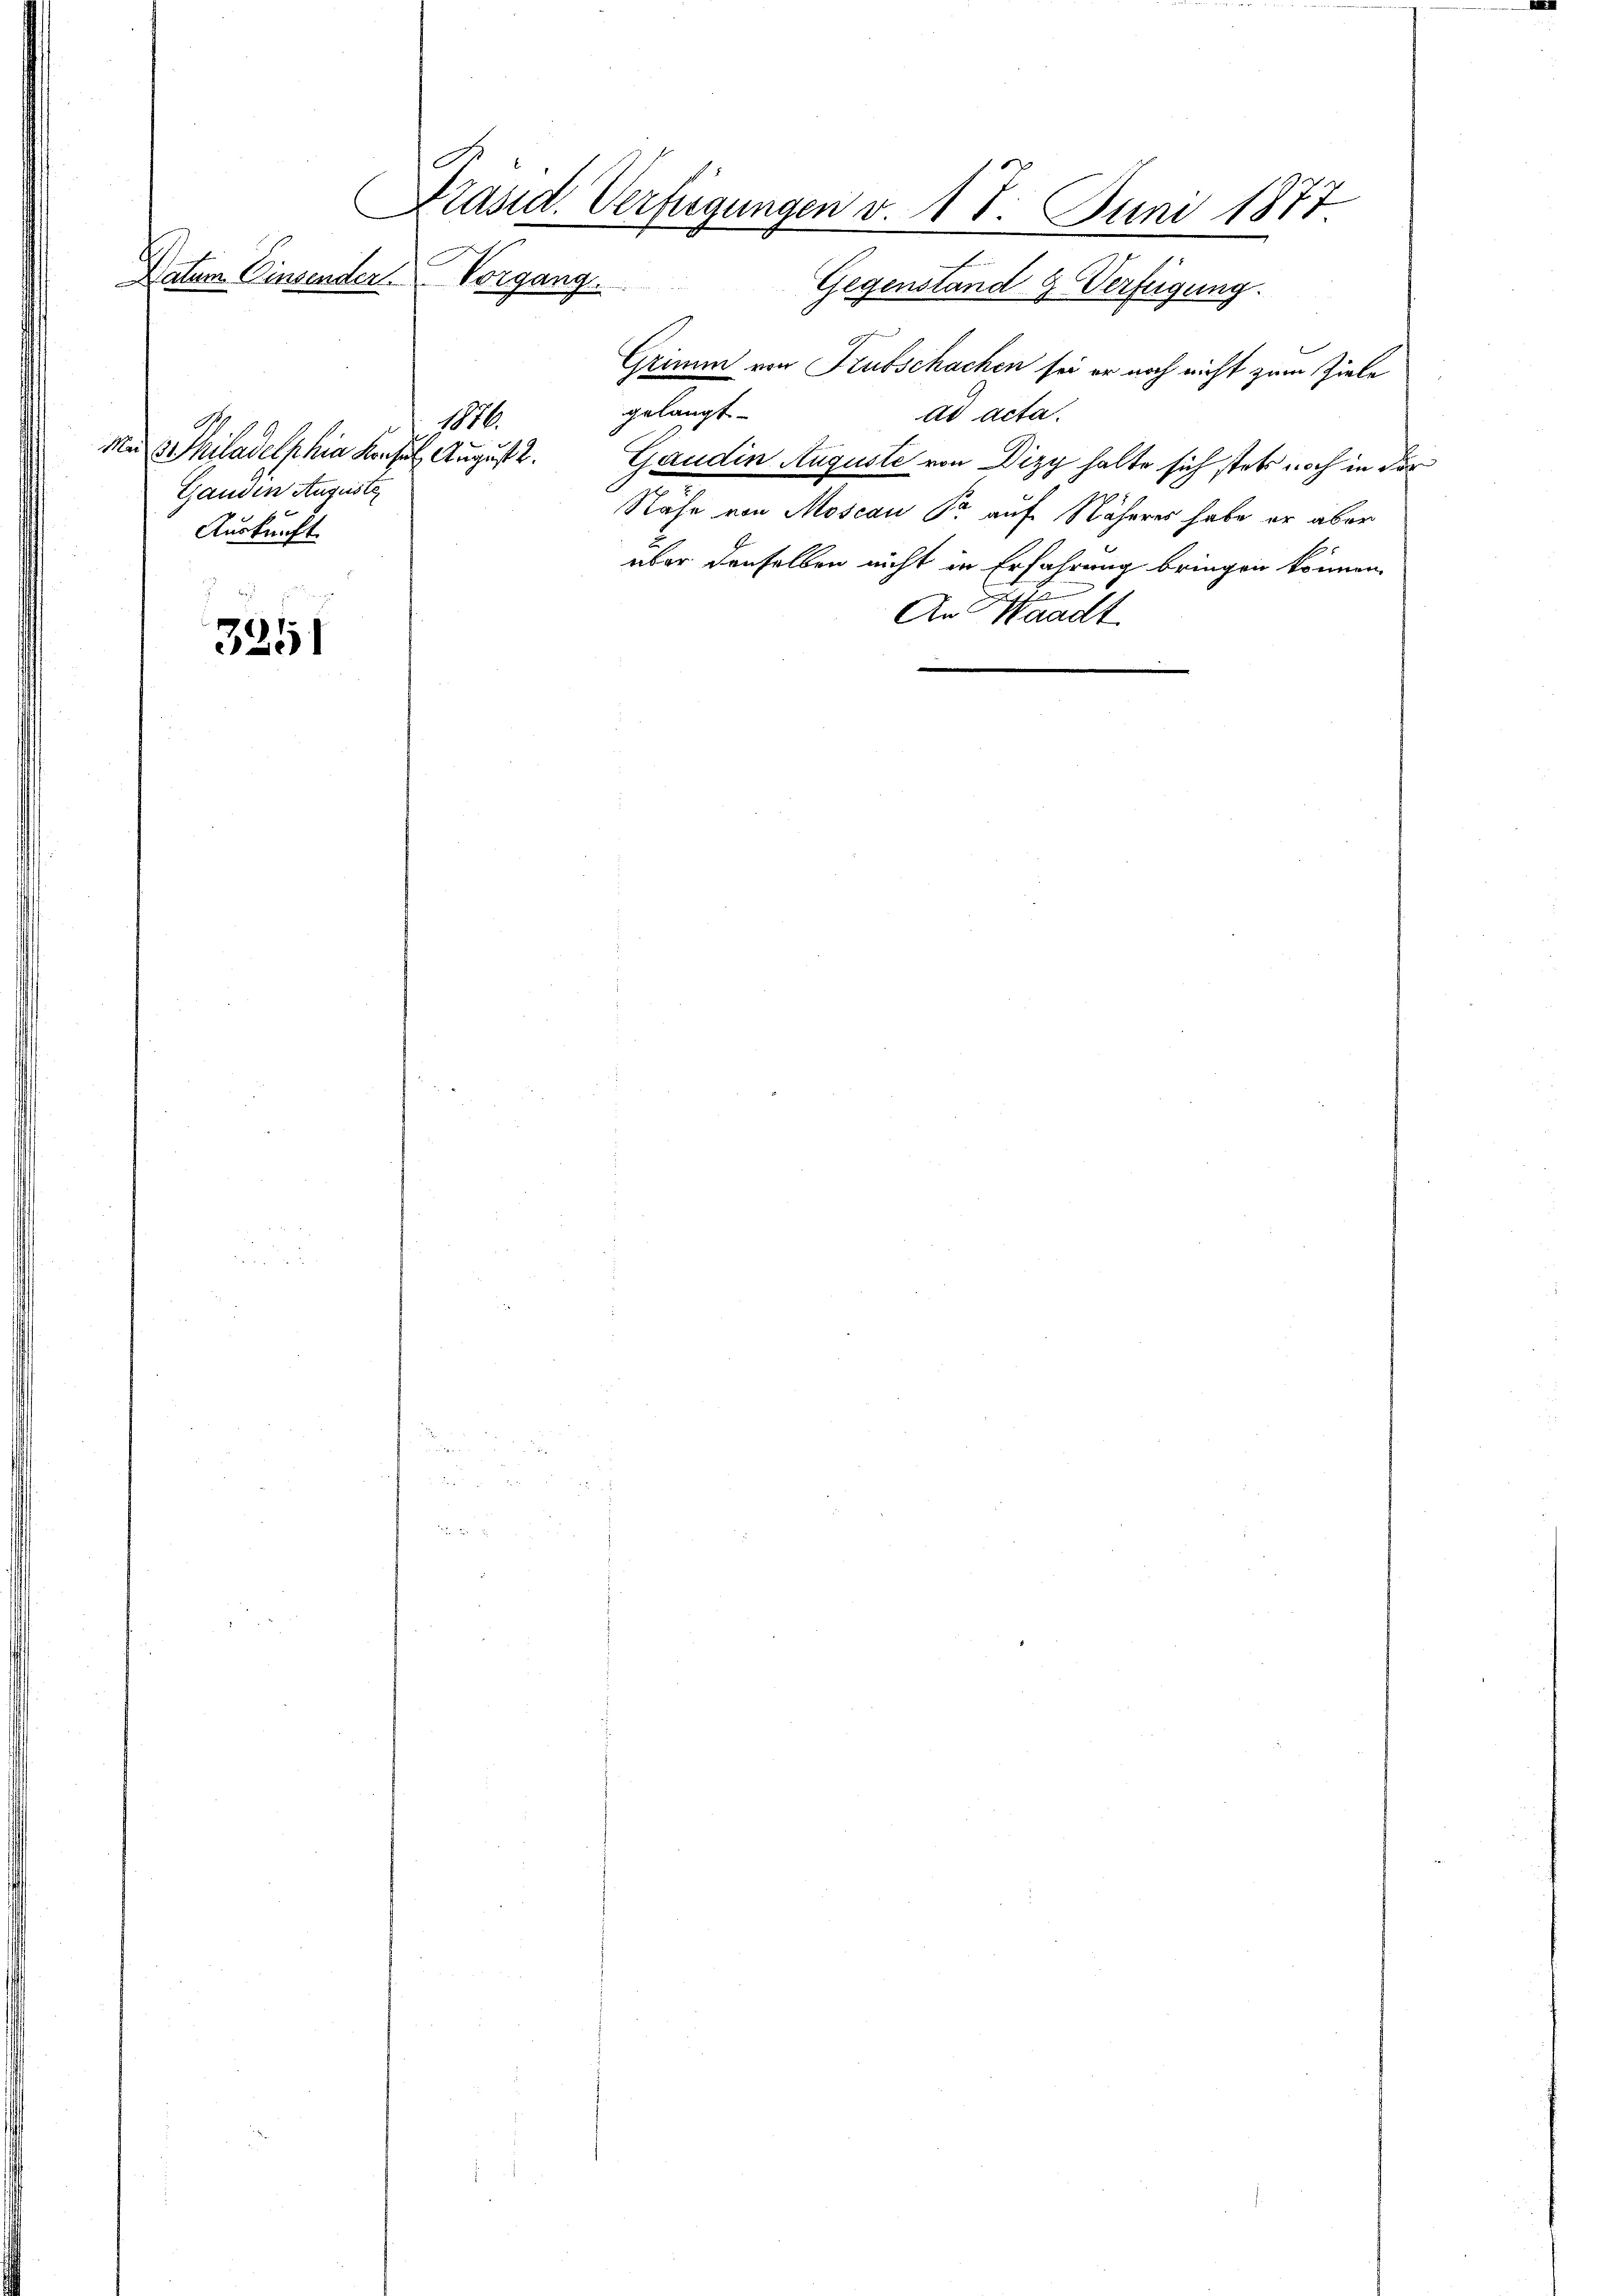
C
Präsid. Verfügungen v. 18. Juni 1877
Datum Einsenden Vorgang
Gegenstand & Verfügung.

3251

1170.
Man sie hiladelphine Konsul August.
Ganden August
Auskunft

Grimm von Trubschachen sei er noch nicht zum Ziele
gelangt
ad acta.
Gaudin Auguste von Dizy halte sich stets noch in der
1
Nähe von Moscan Fr. auf Näheres habe er aber
über denselben nicht in Erfahrung bringen können.
An Waadt